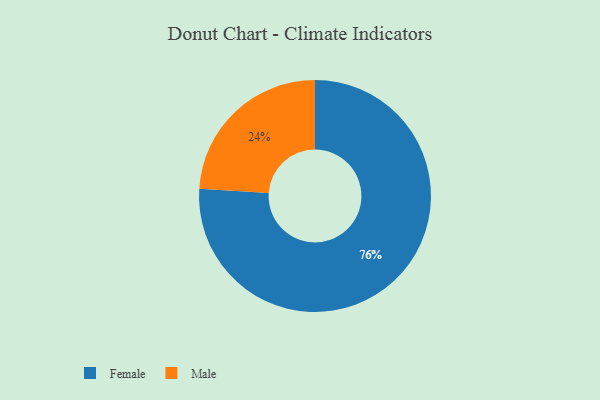
{"axis": {"x": "Category", "y": "Percentage"}, "legend": ["Female", "Male"], "data": [{"x": "Male", "y": 24, "type": "Male"}, {"x": "Female", "y": 76, "type": "Female"}]}